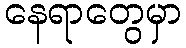
နေရာတွေမှာ